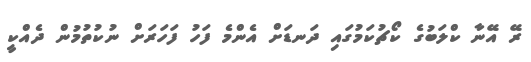
ރޭ އޭނާ ކްލަބުގެ ކޯޗުކަމުގައި ދަނޑަށް އެންމެ ފަހު ފަހަރަށް ނުކުތުމުން ދެއްކީ